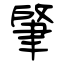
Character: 肇